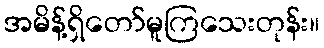
အမိန့်ရှိတော်မူကြသေးတုန်း။